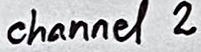
Text: channel 2